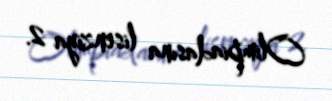
Olimpiadasına lisenziya 2.